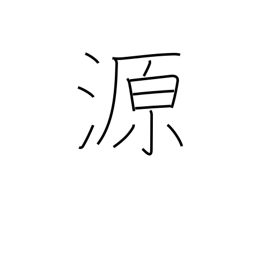
Meaning: source